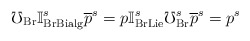
\begin{align*}\mho _{\mathrm{Br}}\mathbb{I}_{\mathrm{BrBialg}}^{s}\overline{p}^{s}=p\mathbb{I}_{\mathrm{BrLie}}^{s}\mho _{\mathrm{Br}}^{s}\overline{p}^{s}=p^{s} \end{align*}